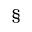
\S